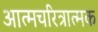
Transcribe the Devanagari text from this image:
अात्मचरित्रात्मक